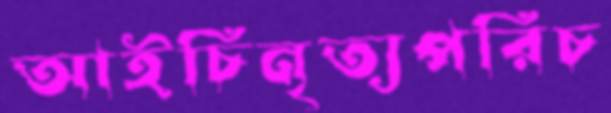
আইচিনৃত্যপরিচ